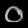
Digit: ၀